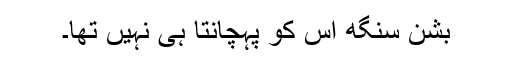
بشن سنگھ اس کو پہچانتا ہی نہیں تھا۔